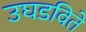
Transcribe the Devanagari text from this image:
उघडविते